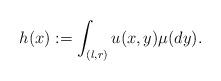
LaTeX: \begin{align*}h(x):=\int_{(l,r)} u(x,y)\mu(dy).\end{align*}